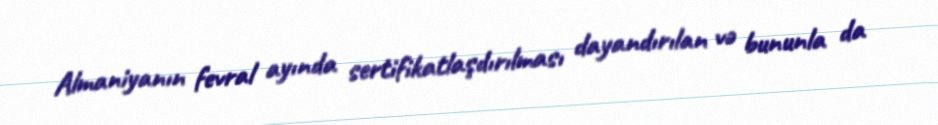
Almaniyanın fevral ayında sertifikatlaşdırılması dayandırılan və bununla da